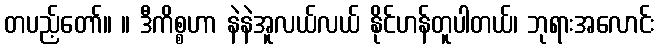
တပည့်တော်။ ။ ဒီကိစ္စဟာ နဲနဲအူလယ်လယ် နိုင်ဟန်တူပါတယ်၊ ဘုရားအလောင်း